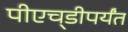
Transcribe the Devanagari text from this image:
पीएच्‌डीपर्यंत